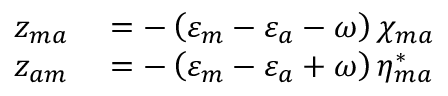
\begin{array} { r l } { z _ { m a } } & { { } = - \left( \varepsilon _ { m } - \varepsilon _ { a } - \omega \right) \chi _ { m a } } \\ { z _ { a m } } & { { } = - \left( \varepsilon _ { m } - \varepsilon _ { a } + \omega \right) \eta _ { m a } ^ { * } } \end{array}